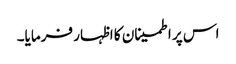
اس پر اطمینان کا اظہار فرمایا۔